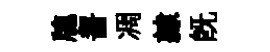
牕齧凋隷既